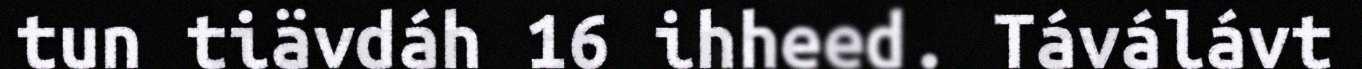
tun tiävdáh 16 ihheed. Táválávt